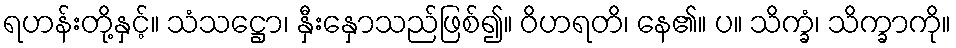
ရဟန်းတို့နှင့်။ သံသဋ္ဌော၊ နှီးနှောသည်ဖြစ်၍။ ဝိဟရတိ၊ နေ၏။ ပ။ သိက္ခံ၊ သိက္ခာကို။